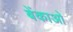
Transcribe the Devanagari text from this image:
बेंकाओ